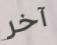
آخر